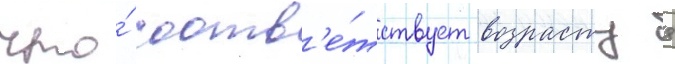
что́ соотв'е́тствует возрасту 8